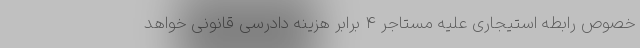
خصوص رابطه استیجاری علیه مستاجر ۴ برابر هزینه دادرسی قانونی خواهد